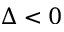
\Delta < 0